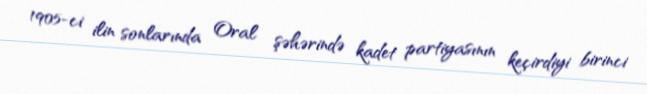
1905-ci ilin sonlarında Oral şəhərində kadet partiyasının keçirdiyi birinci